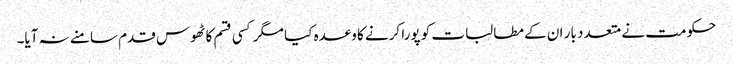
حکومت نے متعدد بار ان کے مطالبات کو پورا کرنے کا وعدہ کیا مگر کسی قسم کا ٹھوس قدم سامنے نہ آیا۔